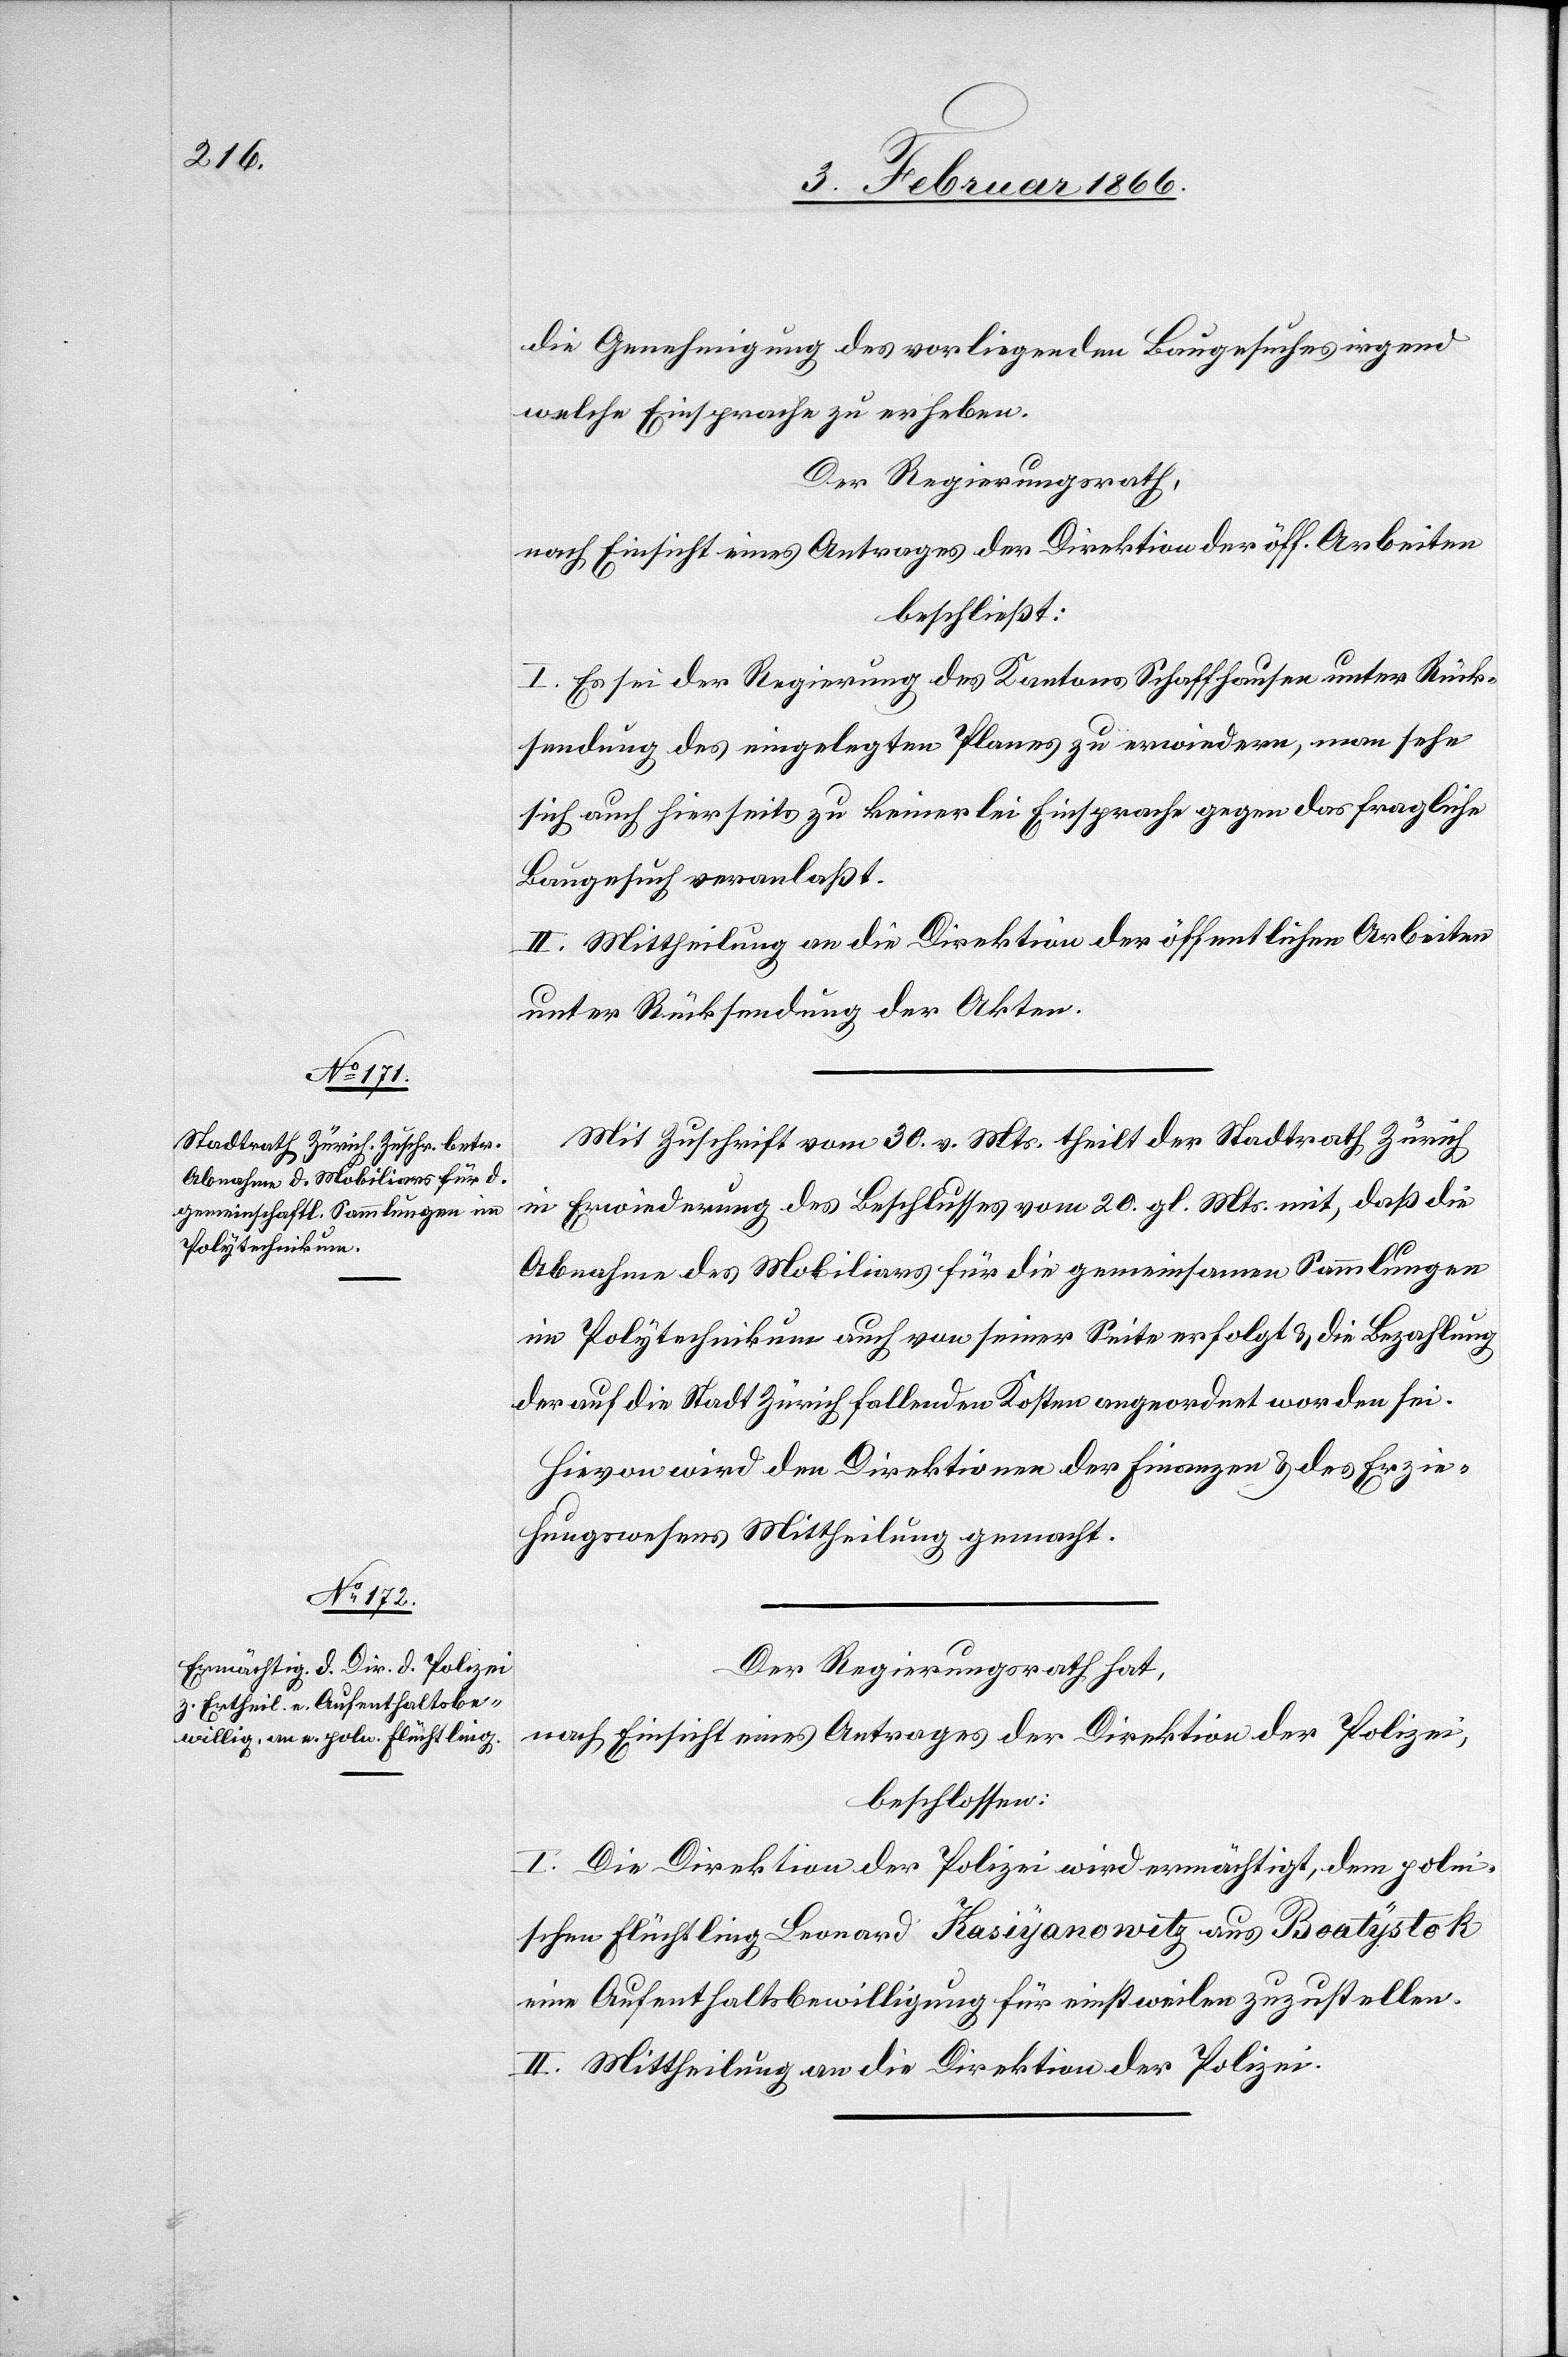
die Genehmigung des vorliegenden Baugesuches irgend
welche Einsprache zu erheben.
Der Regierungsrath,
nach Einsicht eines Antrages der Direktion der öff. Arbeiten,
beschließt:
I. Es sei der Regierung des Kantons Schaffhausen unter Rück¬
sendung des eingelegten Planes zu erwiedern, man sehe
sich auch hierseits zu keinerlei Einsprache gegen das fragliche
Baugesuch veranlaßt.
II. Mittheilung an die Direktion der öffentlichen Arbeiten
unter Rückstellung der Akten.
Mit Zuschrift vom 30. v. Mts. theilt der Stadtrath Zürich
in Erwiederung des Beschlusses vom 20. gl. Mts. mit, daß die
Abnahme des Mobiliars für die gemeinsamen Sammlungen
im Polytechnikum auch von seiner Seite erfolgt u. die Bezahlung
der auf die Stadt Zürich fallenden Kosten angeordnet worden sei.
Hievon wird den Direktionen der Finanzen u. des Erzie¬
hungswesens Mittheilung gemacht.
Der Regierungsrath hat,
nach Einsicht eines Antrages der Direktion der Polizei,
beschlossen:
I. Die Direktion der Polizei wird ermächtigt, dem polni¬
schen Flüchtling Leonard Kasiyanowitz aus Boatystok
eine Aufenthaltsbewilligung für einstweilen zuzustellen.
II. Mittheilung an die Direktion der Polizei.